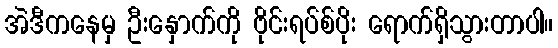
အဲဒီကနေမှ ဦးနှောက်ကို ဗိုင်းရပ်စ်ပိုး ရောက်ရှိသွားတာပါ။